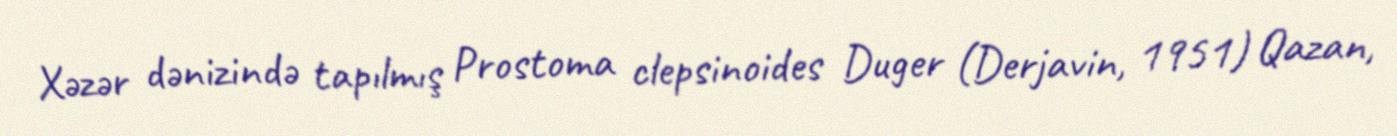
Xəzər dənizində tapılmış Prostoma clepsinoides Duger (Derjavin, 1951) Qazan,